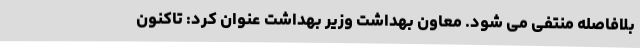
بلافاصله منتفی می شود. معاون بهداشت وزیر بهداشت عنوان کرد: تاکنون